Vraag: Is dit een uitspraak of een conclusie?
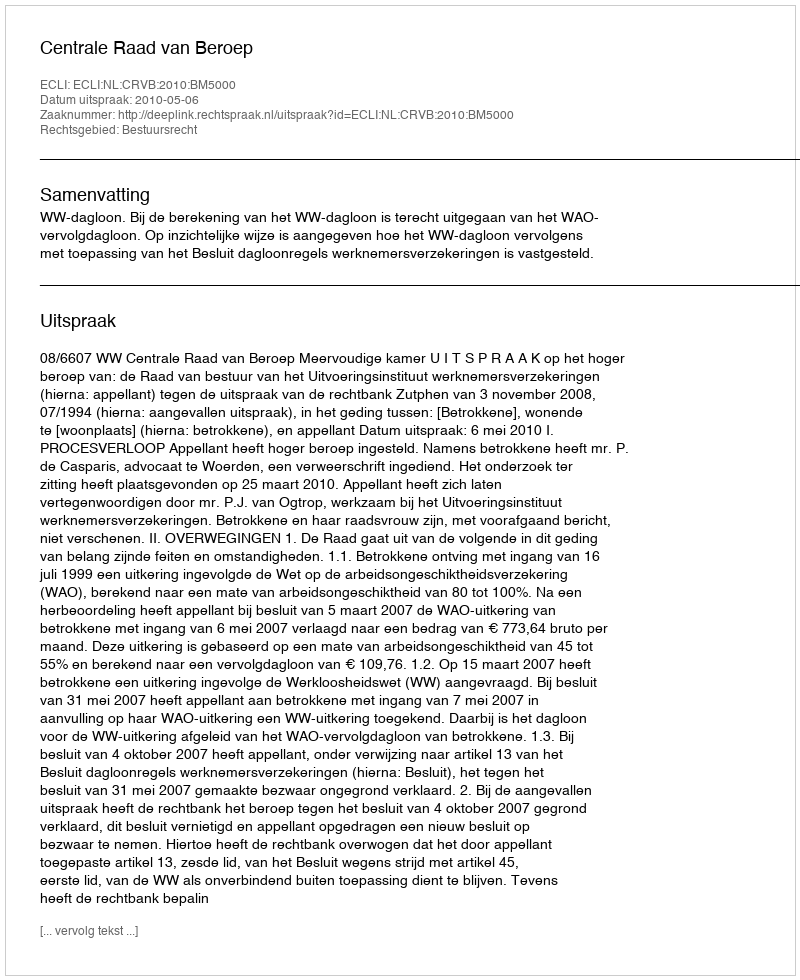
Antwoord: Uitspraak